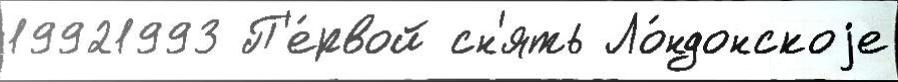
19921993 П'е́рвой сн'ять Ло́ндонскоjе